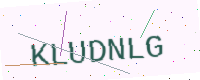
Text: KLUDNLG